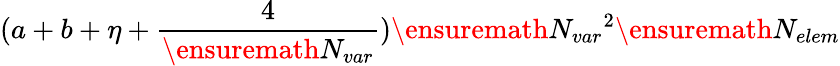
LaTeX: (a+b+\eta+\frac{4}{\ensuremath{N_{var}}})\ensuremath{N_{var}}^{2}\ensuremath{N_{elem}}